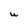
Character: U